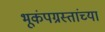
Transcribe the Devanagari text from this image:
भूकंपग्रस्तांच्या